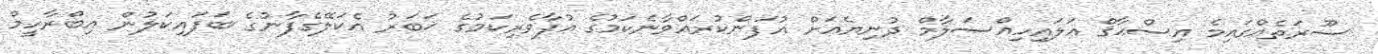
ސޫރަތެއްގައިމެ އިސްޙާޤް ޢަލައިހިއްސަލާމް ދުނިޔެއަށް އުފަންކުރައްވާނެކަމުގެ އުފާވެރިކަމުގެ ޚަބަރު އެކަލޭގެފާނުގެ ބަފައިކަލުން އިބްރާހީމް